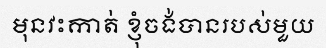
មុនវះកាត់ ខ្ញុំចង់បានរបស់មួយ